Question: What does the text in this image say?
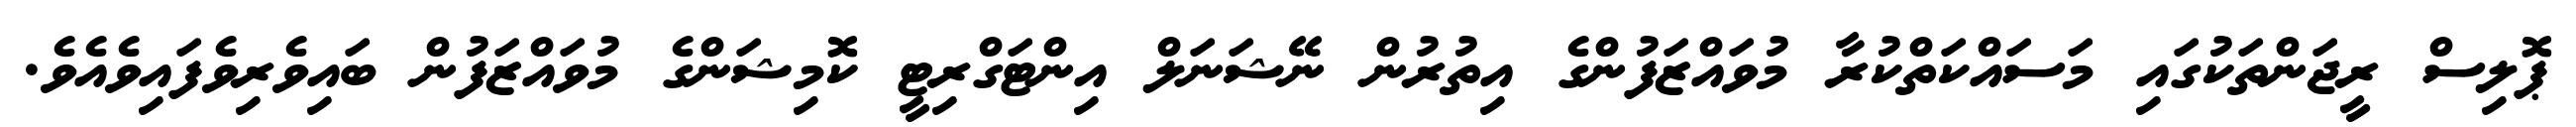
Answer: ޕޮލިސް ރީޖަންތަކުގައި މަސައްކަތްކުރާ މުވައްޒަފުންގެ އިތުރުން ނޭޝަނަލް އިންޓަގްރިޓީ ކޮމިޝަންގެ މުވައްޒަފުން ބައިވެރިވެފައިވެއެވެ.